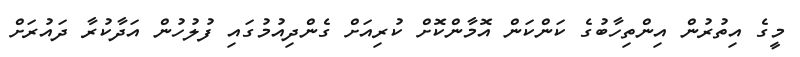
މީގެ އިތުރުން އިންތިހާބުގެ ކަންކަން އޮމާންކޮށް ކުރިއަށް ގެންދިއުމުގައި ފުލުހުން އަދާކުރާ ދައުރަށް